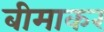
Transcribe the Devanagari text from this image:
बीमाकर